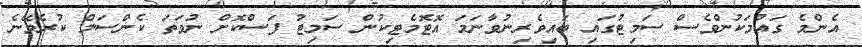
އެންމެ ގައުމަކުންވެސް ސަމިޓުގައި ބައިވެރިނުވާނަމަ އޮޓޮމެޓިކުން ސަމިޓު ފަސްކޮށް ނުވަތަ ކެންސަލް ކުރެވޭނެ